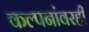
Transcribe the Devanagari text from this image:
कल्पनांवरही